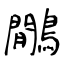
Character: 鷳